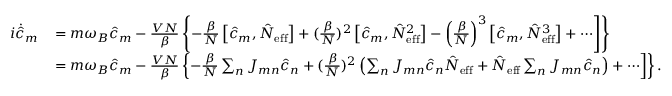
\begin{array} { r l } { i \dot { \hat { c } } _ { m } } & { \left. = m \omega _ { B } \hat { c } _ { m } - \frac { V N } { \beta } \left\{ - \frac { \beta } { N } \left[ \hat { c } _ { m } , \hat { N } _ { \mathrm { e f f } } \right] + ( \frac { \beta } { N } ) ^ { 2 } \left[ \hat { c } _ { m } , \hat { N } _ { \mathrm { e f f } } ^ { 2 } \right] - \left( \frac { \beta } { N } \right) ^ { 3 } \left[ \hat { c } _ { m } , \hat { N } _ { \mathrm { e f f } } ^ { 3 } \right] + \cdots \right] \right\} } \\ & { \left. = m \omega _ { B } \hat { c } _ { m } - \frac { V N } { \beta } \left\{ - \frac { \beta } { N } \sum _ { n } J _ { m n } \hat { c } _ { n } + ( \frac { \beta } { N } ) ^ { 2 } \left( \sum _ { n } J _ { m n } \hat { c } _ { n } \hat { N } _ { \mathrm { e f f } } + \hat { N } _ { \mathrm { e f f } } \sum _ { n } J _ { m n } \hat { c } _ { n } \right) + \cdots \right] \right\} . } \end{array}